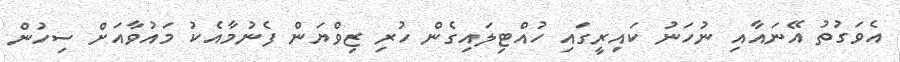
އެވަގުތު އޭނައާއި ނުހަނު ކައިރީގައި ހުއްޓިލައިގެން ހުރި ޒިވްޔަން ފެނުމާއެކު މައުވާއަށް ސިހުން